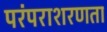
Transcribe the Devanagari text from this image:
परंपराशरणता